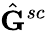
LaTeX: \hat{\mathbf{G}}^{sc}